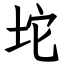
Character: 坨